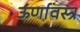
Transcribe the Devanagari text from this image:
ऊर्णावस्त्र